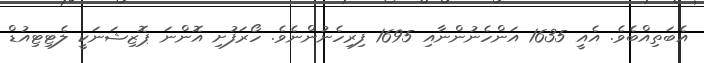
އެބަތިއްބެވެ. އެއީ 1635 އަންހެނުންނާއި 1695 ފިރިހެނުންނެވެ. ހޯރަފުށި އޮންނަ ޕޮޒިޝަނަކީ ލެޓިޓިއުޑް